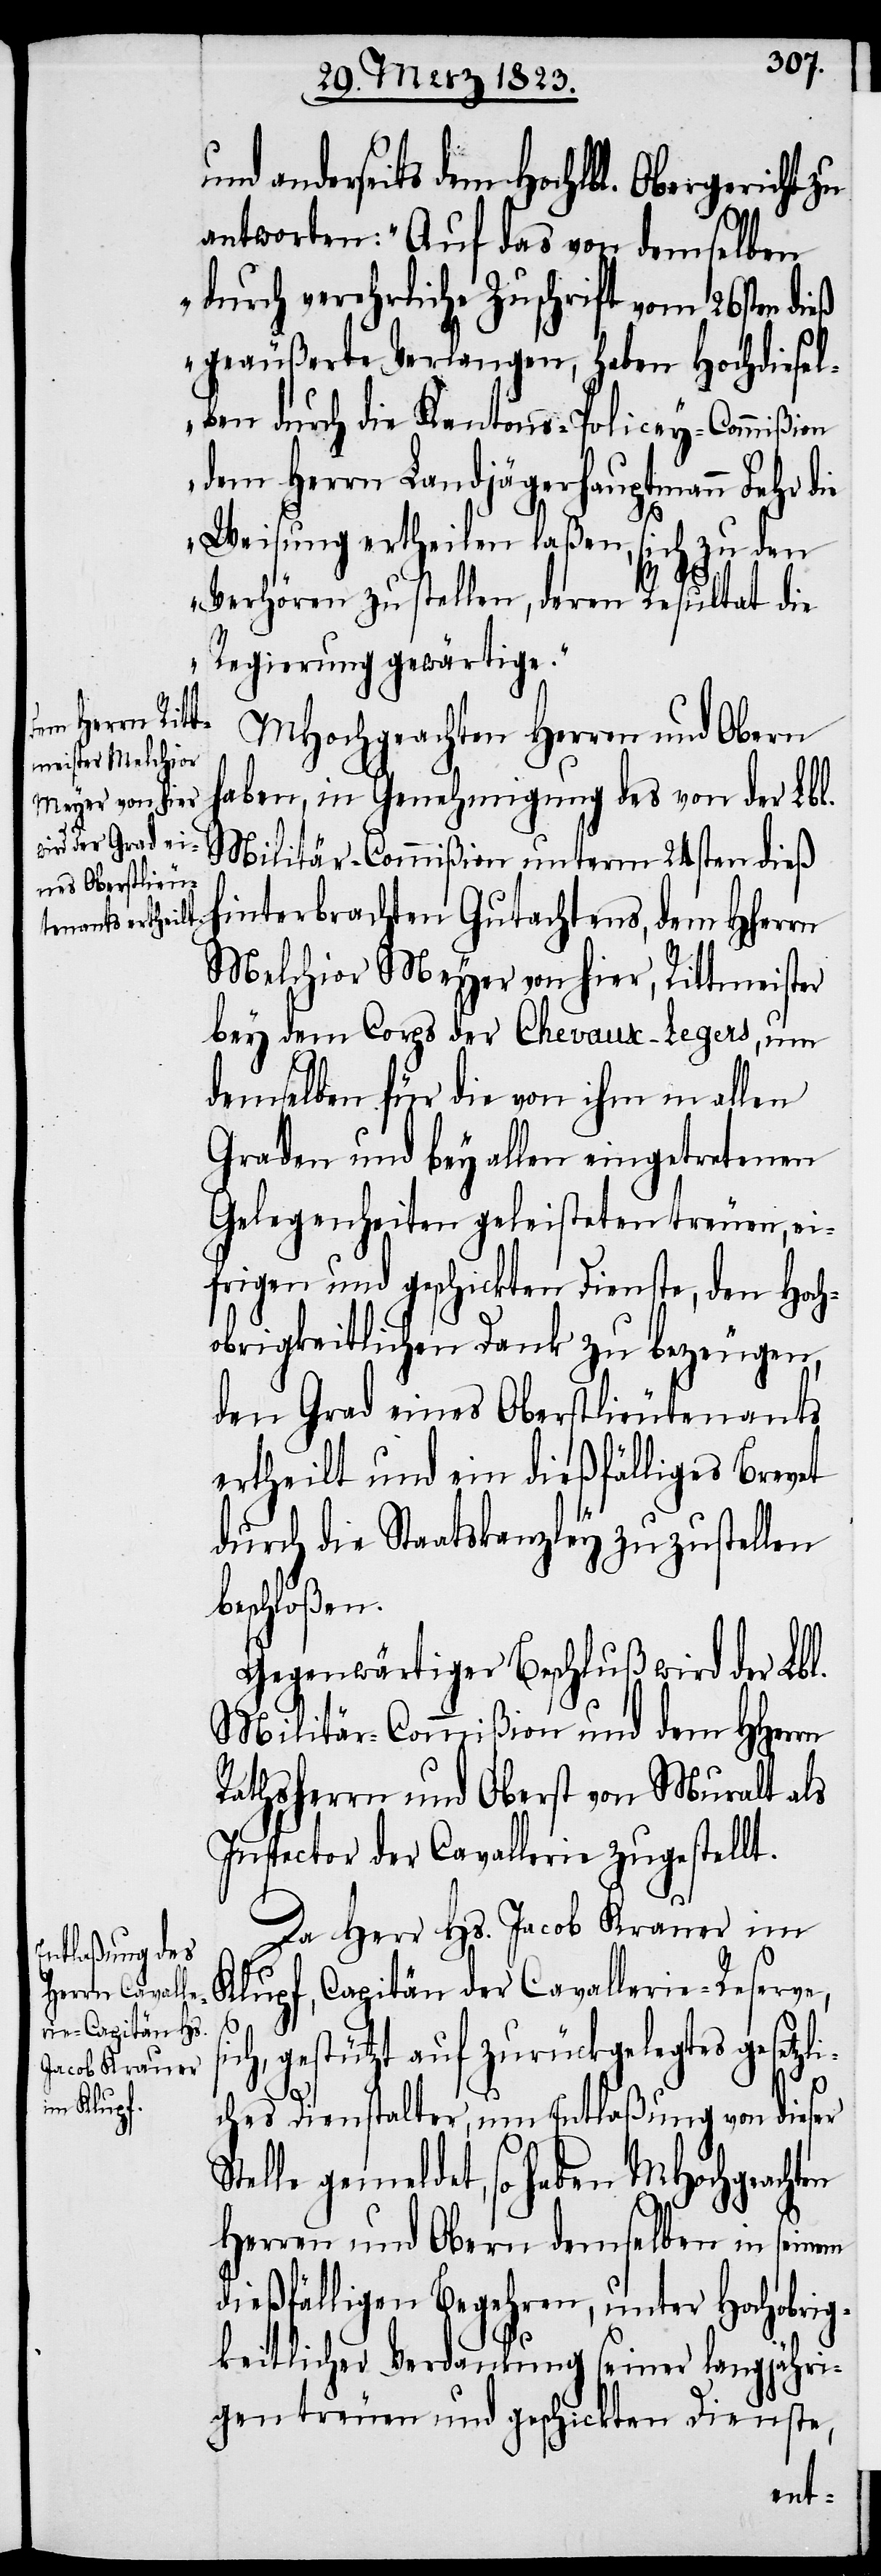
anderseits dem Hochlbl. Obergericht
antworten: „Auf das von demselben
durch verehrliche Zuschrift vom 26sten dieß
geäußerte Verlangen, haben Hochdiesel¬
ben durch die Kantons-Policey-Commißion
dem Herrn Landjägerhauptmann Fehr die
Weisung ertheilen laßen, sich zu den
Verhören zu stellen, deren Resultat die
Regierung gewärtige.“
MHochgeachten Herren und Obern
haben, in Genehmigung des von der Lbl.
Militär-Commißion unterm 24sten dieß
hinterbrachten Gutachtens, dem Hherrn
Melchior Meyer von hier, Rittmeister
bey dem Corps der Chevaux-Legers, um
demselben für die von ihm in allen
Graden und bey allen eingetretenen
Gelegenheiten geleisteten treuen, ei¬
frigen und geschickten Dienste, den Hoch¬
obrigkeitlichen Dank zu bezeugen,
den Grad eines Oberstlieutenants
ertheilt und ein dießfälliges Brevet
durch die Staatskanzley zuzustellen
beschloßen.
Gegenwärtiger Beschluß wird der Lbl.
Militär-Commißion und dem HHerrn
Rathsherrn und Oberst von Muralt als
Inspector der Cavallerie zugestellt.
Da Herr Hs. Jacob Krauer im
Klupf, Capitän der Cavallerie-Reserve,
gestützt auf zurückgelegtes geset¬
zli¬
ches Dienstalter, um Entlaßung von dieser
elle gemeldet, so haben MHochgeachten
Herren und Obern demselben in seinem
dießfälligen Begehren, unter Hochobrig¬
keitlicher Verdankung seiner langjähri¬
gen treuen und geschickten Dienste,
St¬